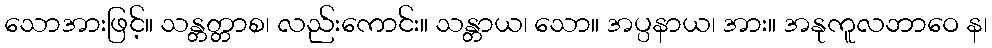
သောအားဖြင့်။ သန္တတ္တာစ၊ လည်းကောင်း။ သန္တာယ၊ သော။ အပ္ပနာယ၊ အား။ အနုကူလဘာဝေ န၊